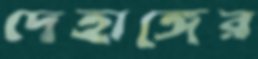
দেহাঙ্গের